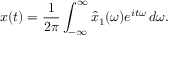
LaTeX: x ( t ) = { \frac { 1 } { 2 \pi } } \int _ { - \infty } ^ { \infty } { \hat { x } } _ { 1 } ( \omega ) e ^ { i t \omega } \, d \omega .